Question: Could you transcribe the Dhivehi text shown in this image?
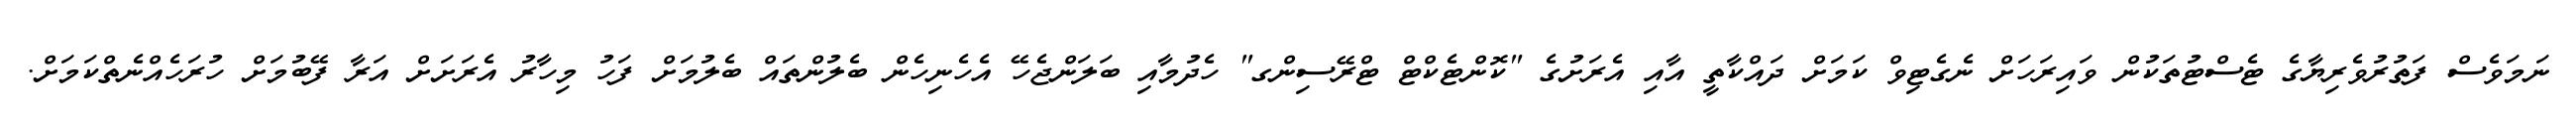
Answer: ނަމަވެސް ފަތުރުވެރިޔާގެ ޓެސްޓުތަކުން ވައިރަހަށް ނެގެޓިވް ކަމަށް ދައްކާތީ އާއި އެރަށުގެ "ކޮންޓެކްޓް ޓްރޭސިންގ" ހެދުމާއި ބަލަންޖެހޭ އެހެނިހެން ބެލުންތައް ބެލުމަށް ފަހު މިހާރު އެރަށަށް އަރާ ފޭބުމަށް ހުރަހެއްނެތްކަމަށް.